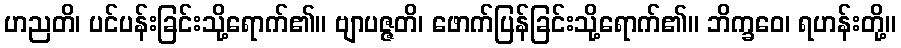
ဟညတိ၊ ပင်ပန်းခြင်းသို့ရောက်၏။ ဗျာပဇ္ဇတိ၊ ဖောက်ပြန်ခြင်းသို့ရောက်၏။ ဘိက္ခဝေ၊ ရဟန်းတို့။